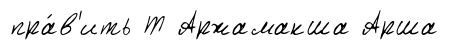
пра́в'ить Т Аржамакша Арша